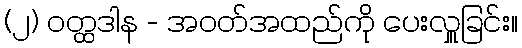
(၂) ဝတ္ထဒါန - အဝတ်အထည်ကို ပေးလှူခြင်း။